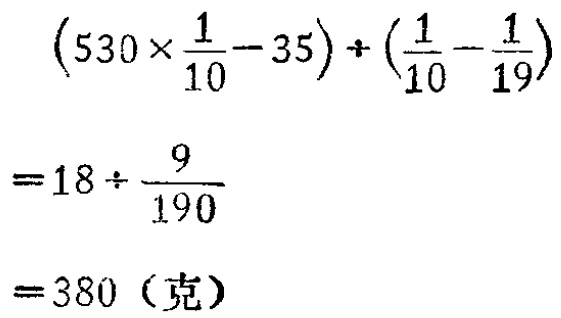
\[

\begin{align*}

&(530\times\frac{1}{10} - 35)\div(\frac{1}{10}-\frac{1}{19})\\

=&18\div\frac{9}{190}\\

=&380 \text{（克）}

\end{align*}

\]